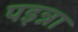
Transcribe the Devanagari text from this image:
पइन्ना